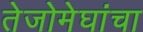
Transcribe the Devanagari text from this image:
तेजोमेघांचा